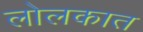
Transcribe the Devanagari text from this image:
लोलकात